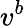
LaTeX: v^{b}